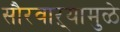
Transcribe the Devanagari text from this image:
सौरवाऱ्यामुळे